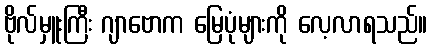
ဗိုလ်မှူးကြီး ဂျာဗောက မြေပုံများကို လေ့လာရသည်။